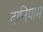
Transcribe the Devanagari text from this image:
दानियाम